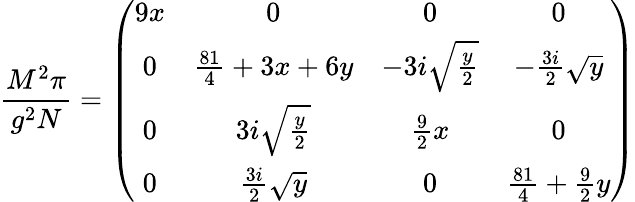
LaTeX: {\frac{M^{2}\pi}{g^{2}N}}=\left(\begin{array}{cccc}{{9x}}&{{0}}&{{0}}&{{0}}\\ {{0}}&{{{\frac{81}{4}}+3x+6y}}&{{-3i\sqrt{{\frac{y}{2}}}}}&{{-{\frac{3i}{2}}\sqrt{y}}}\\ {{0}}&{{3i\sqrt{{\frac{y}{2}}}}}&{{{\frac{9}{2}}x}}&{{0}}\\ {{0}}&{{{\frac{3i}{2}}\sqrt{y}}}&{{0}}&{{{\frac{81}{4}}+{\frac{9}{2}}y}}\end{array}\right)